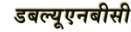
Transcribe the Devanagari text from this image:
डबल्यूएनबीसी